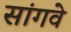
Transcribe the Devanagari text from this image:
सांगवे